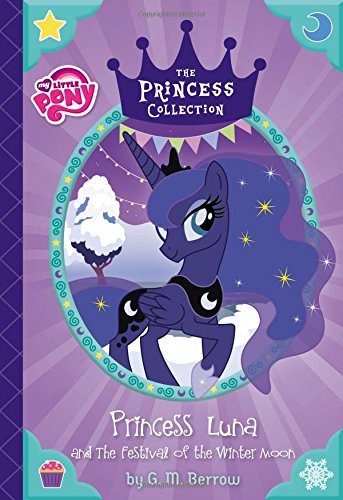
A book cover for My Little Pony: Princess Luna and The Festival of the Winter Moon (The Princess Collection); G. M. Berrow; Children's Books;